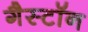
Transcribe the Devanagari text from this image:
गैस्टॉन